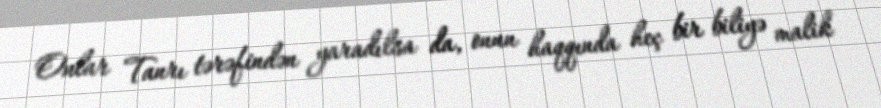
Onlar Tanrı tərəfindən yaradılsa da, onun haqqında heç bir biliyə malik